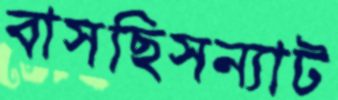
বাসছিসন্যাট